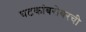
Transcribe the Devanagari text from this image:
घटकांबरोबरची